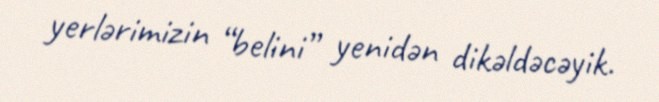
yerlərimizin “belini” yenidən dikəldəcəyik.